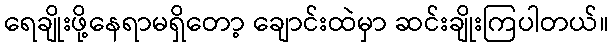
ရေချိုးဖို့နေရာမရှိတော့ ချောင်းထဲမှာ ဆင်းချိုးကြပါတယ်။